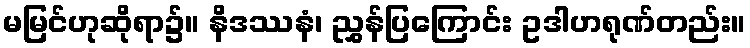
မမြင်ဟုဆိုရာ၌။ နိဒဿနံ၊ ညွှန်ပြကြောင်း ဥဒါဟရုဏ်တည်း။